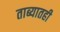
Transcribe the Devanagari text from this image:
ताब्यातही